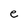
Character: e